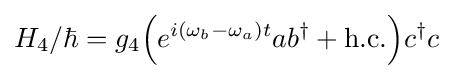
H_{4}/\hbar =g_{4}{\Big (}e^{i(\omega _{b}-\omega _{a})t}ab^{\dagger }+{\text{h.c.}}{\Big )}c^{\dagger }c